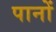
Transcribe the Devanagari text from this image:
पानों